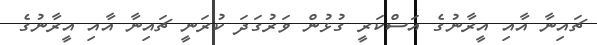
ޗައިނާ އާއި އީރާނުގެ އަސްކަރީ ގުޅުން ވަރުގަދަ ކުރަނީ ޗައިނާ އާއި އީރާނުގެ